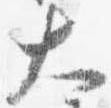
大